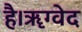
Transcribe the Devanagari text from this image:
है।ॠग्वेद